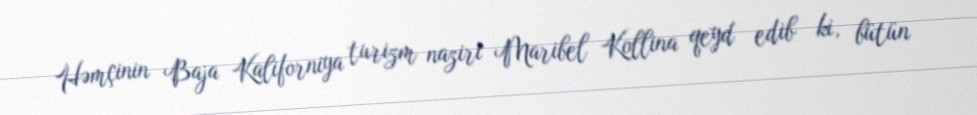
Həmçinin Baja Kaliforniya turizm naziri Maribel Kollina qeyd edib ki, bütün